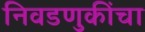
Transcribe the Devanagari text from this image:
निवडणुकींचा